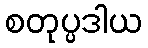
စတုပ္ပဒါယ